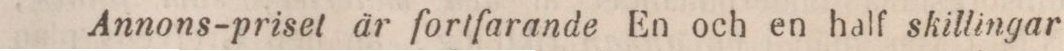
Annons-priset är fortfarande En och en half skillingar